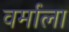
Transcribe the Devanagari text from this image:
वर्माला